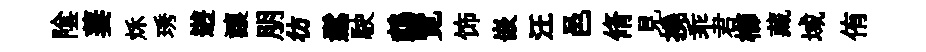
隂萋秌琇逰讓朋彷鬆駛鵡覽饰嵌汪邑脩見撓乖君櫛藏域侑